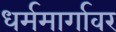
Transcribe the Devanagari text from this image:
धर्ममार्गावर